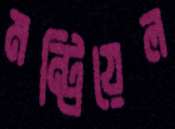
মন্ট্রিয়েল